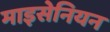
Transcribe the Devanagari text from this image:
माइसेनियन